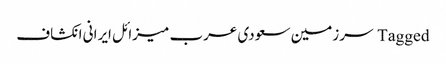
Tagged سرزمین سعودی عرب میزائل ایرانی انکشاف